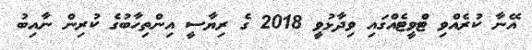
އޭނާ ކުރެއްވި ޓްވީޓެއްގައި ވިދާޅުވީ 2018 ގެ ރިޔާސީ އިންތިހާބުގެ ކުރިން ނާއިބު